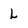
Character: L